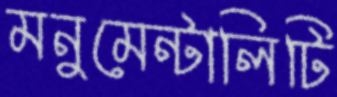
মনুমেন্টালিটি